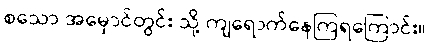
စသော အမှောင်တွင်း သို့ ကျရောက်နေကြရကြောင်း။